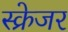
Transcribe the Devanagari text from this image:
स्क्रेजर